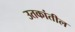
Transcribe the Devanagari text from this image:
उतकांतील